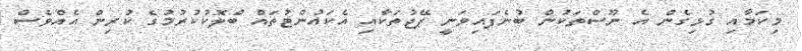
މިކަމާއި ގުޅިގެން އެ ނޫސްތަކުން ބުނެފައިވަނީ ޕޭޖުތަކާއި އެކައުންޓުތައް ބްލޮކުކުރުމުގެ ކުރިން އެއްވެސް